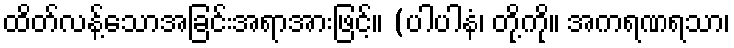
ထိတ်လန့်သောအခြင်းအရာအားဖြင့်။ (ပါပါနံ၊ တို့ကို။ အကရဏရသာ၊